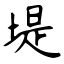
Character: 堤